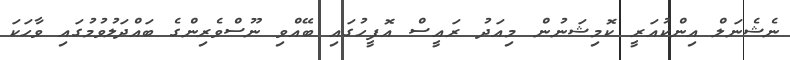
ނެޝެނަލް އިންކުއަރީ ކޮމިޝަނުން މިއަދު ރައީސް އޮފީހުގައި ބޭއްވި ނޫސްވެރިންގެ ބައްދަލުވުމުގައި ވާހަކަ